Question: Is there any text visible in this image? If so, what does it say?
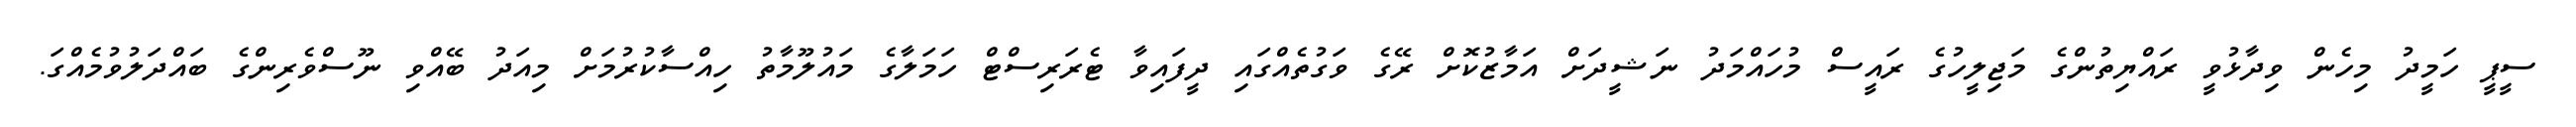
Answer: ސީޕީ ހަމީދު މިހެން ވިދާޅުވީ ރައްޔިތުންގެ މަޖިލީހުގެ ރައީސް މުހައްމަދު ނަޝީދަށް އަމާޒުކޮށް ރޭގެ ވަގުތެއްގައި ދީފައިވާ ޓެރަރިސްޓް ހަމަލާގެ މައުލޫމާތު ހިއްސާކުރުމަށް މިއަދު ބޭއްވި ނޫސްވެރިންގެ ބައްދަލުވުމެއްގަ.